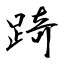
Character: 踦